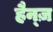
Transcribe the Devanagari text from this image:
हैन्ज़